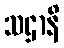
သဌာနိ